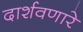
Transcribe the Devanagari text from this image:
दार्शवणारे